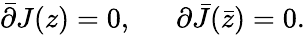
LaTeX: \bar{\partial}{J(z)}=0,\, \, \, \, \, \, \, \, \, {\partial}{\bar{J}(\bar{z})}=0.